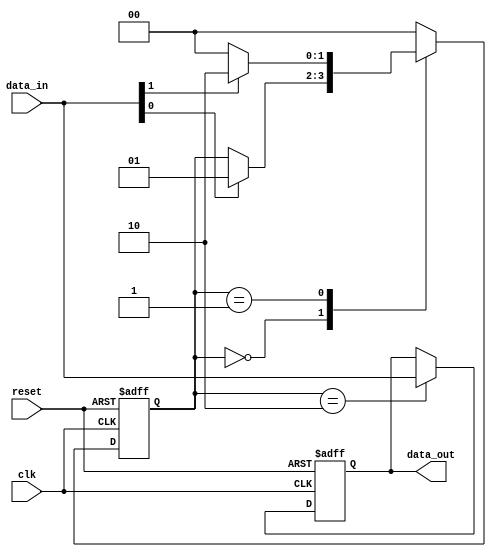
module sequential_logic (
    input wire clk,          // Clock signal
    input wire reset,        // Reset signal
    input wire [3:0] data_in, // 4-bit input signal
    output reg [3:0] data_out // 4-bit output signal
);

    // State declaration
    reg [1:0] state; // 2-bit state variable
    parameter STATE_0 = 2'b00, STATE_1 = 2'b01, STATE_2 = 2'b10;

    // Sequential logic block
    always @(posedge clk or posedge reset) begin
        if (reset) begin
            // Reset condition
            state <= STATE_0; // Initialize state to STATE_0
            data_out <= 4'b0000; // Initialize output to 0
        end else begin
            // State transition logic
            case (state)
                STATE_0: begin
                    if (data_in[0]) begin
                        state <= STATE_1; // Transition to STATE_1 if data_in[0] is high
                    end
                end
                STATE_1: begin
                    if (data_in[1]) begin
                        state <= STATE_2; // Transition to STATE_2 if data_in[1] is high
                    end else begin
                        state <= STATE_0; // Transition back to STATE_0 if data_in[1] is low
                    end
                end
                STATE_2: begin
                    // Output logic based on the current state
                    data_out <= data_in; // Update output to current input
                    state <= STATE_0; // Transition back to STATE_0
                end
                default: begin
                    state <= STATE_0; // Default state
                end
            endcase
        end
    end

endmodule